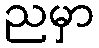
ညမှာ